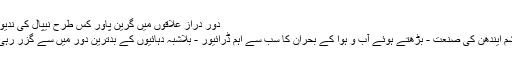
دور دراز علاقوں میں گرین پاور کس طرح نیپال کی ندیوں کو
جیواشم ایندھن کی صنعت - بڑھتے ہوئے آب و ہوا کے بحران کا سب سے اہم ڈرائیور - بلاشبہ دہائیوں کے بدترین دور میں سے گزر رہی ہے۔